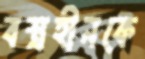
বস্ত্রহীনকে